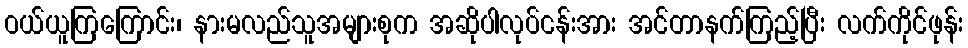
ဝယ်ယူကြကြောင်း၊ နားမလည်သူအများစုက အဆိုပါလုပ်ငန်းအား အင်တာနက်ကြည့်ပြီး လက်ကိုင်ဖုန်း